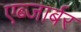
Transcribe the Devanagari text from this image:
एब्जार्बर